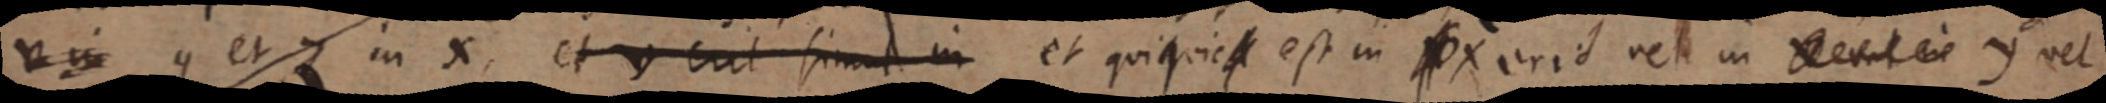
iu etz in X, et euit sim in et quiquic est in fx arit vet in Metat eie y vel